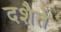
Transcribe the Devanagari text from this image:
दशैते